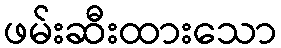
ဖမ်းဆီးထားသော